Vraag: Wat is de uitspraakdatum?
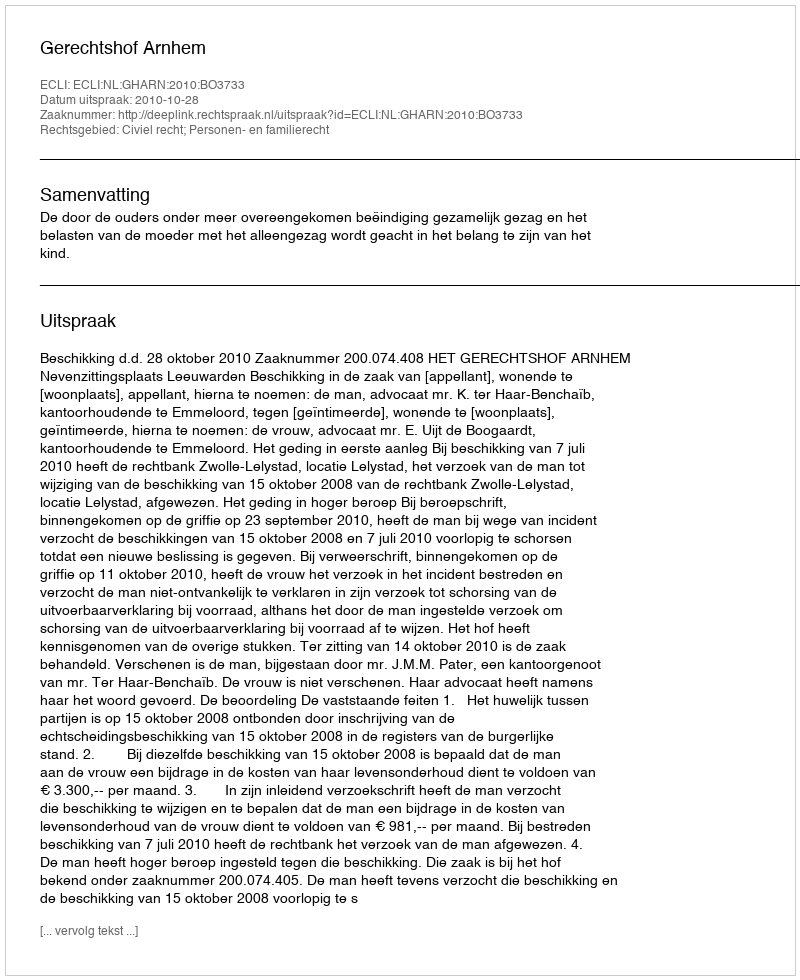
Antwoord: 2010-10-28